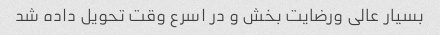
بسیار عالی ورضایت بخش و در اسرع وقت تحویل داده شد